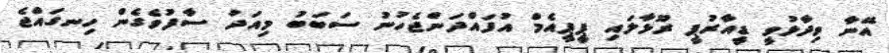
އޭނާ ވިދާޅުވީ ޑީއާރުޕީ ރޫޅާލައި ޕީޕީއެމް އުފައްދަންޖެހުނު ސަބަބު މިއަދު ސާފުވެގެން ހިނގައްޖެ